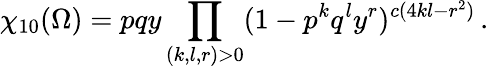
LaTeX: \chi_{10}(\Omega)=pqy\prod_{(k,l,r)>0}(1-p^{k}q^{l}y^{r})^{c(4kl-r^{2})}\, .